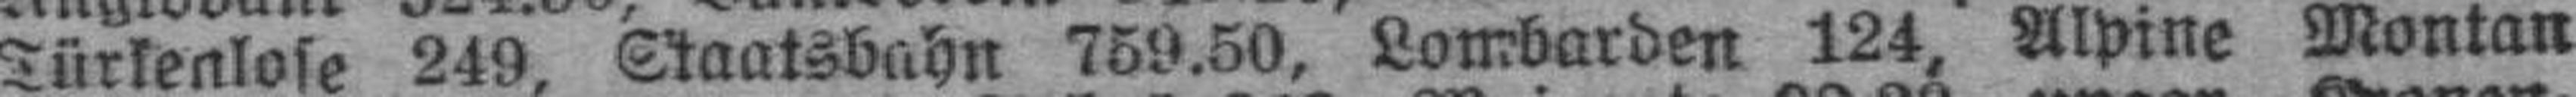
Türkenlose 249, Staatsbahn 759.50, Lombarden 124, Alpine Montan